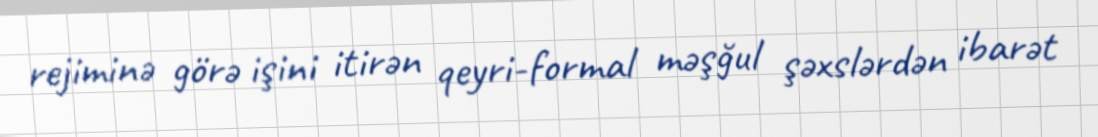
rejiminə görə işini itirən qeyri-formal məşğul şəxslərdən ibarət